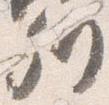
列